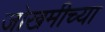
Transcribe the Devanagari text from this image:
जोखमीच्या